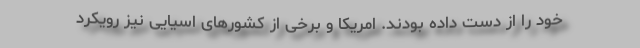
خود را از دست داده بودند. امریکا و برخی از کشورهای اسیایی نیز رویکرد